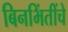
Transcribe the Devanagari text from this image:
बिनभिंतींचे